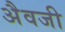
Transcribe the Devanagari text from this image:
अैवजी